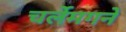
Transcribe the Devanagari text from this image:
चर्लेमगने